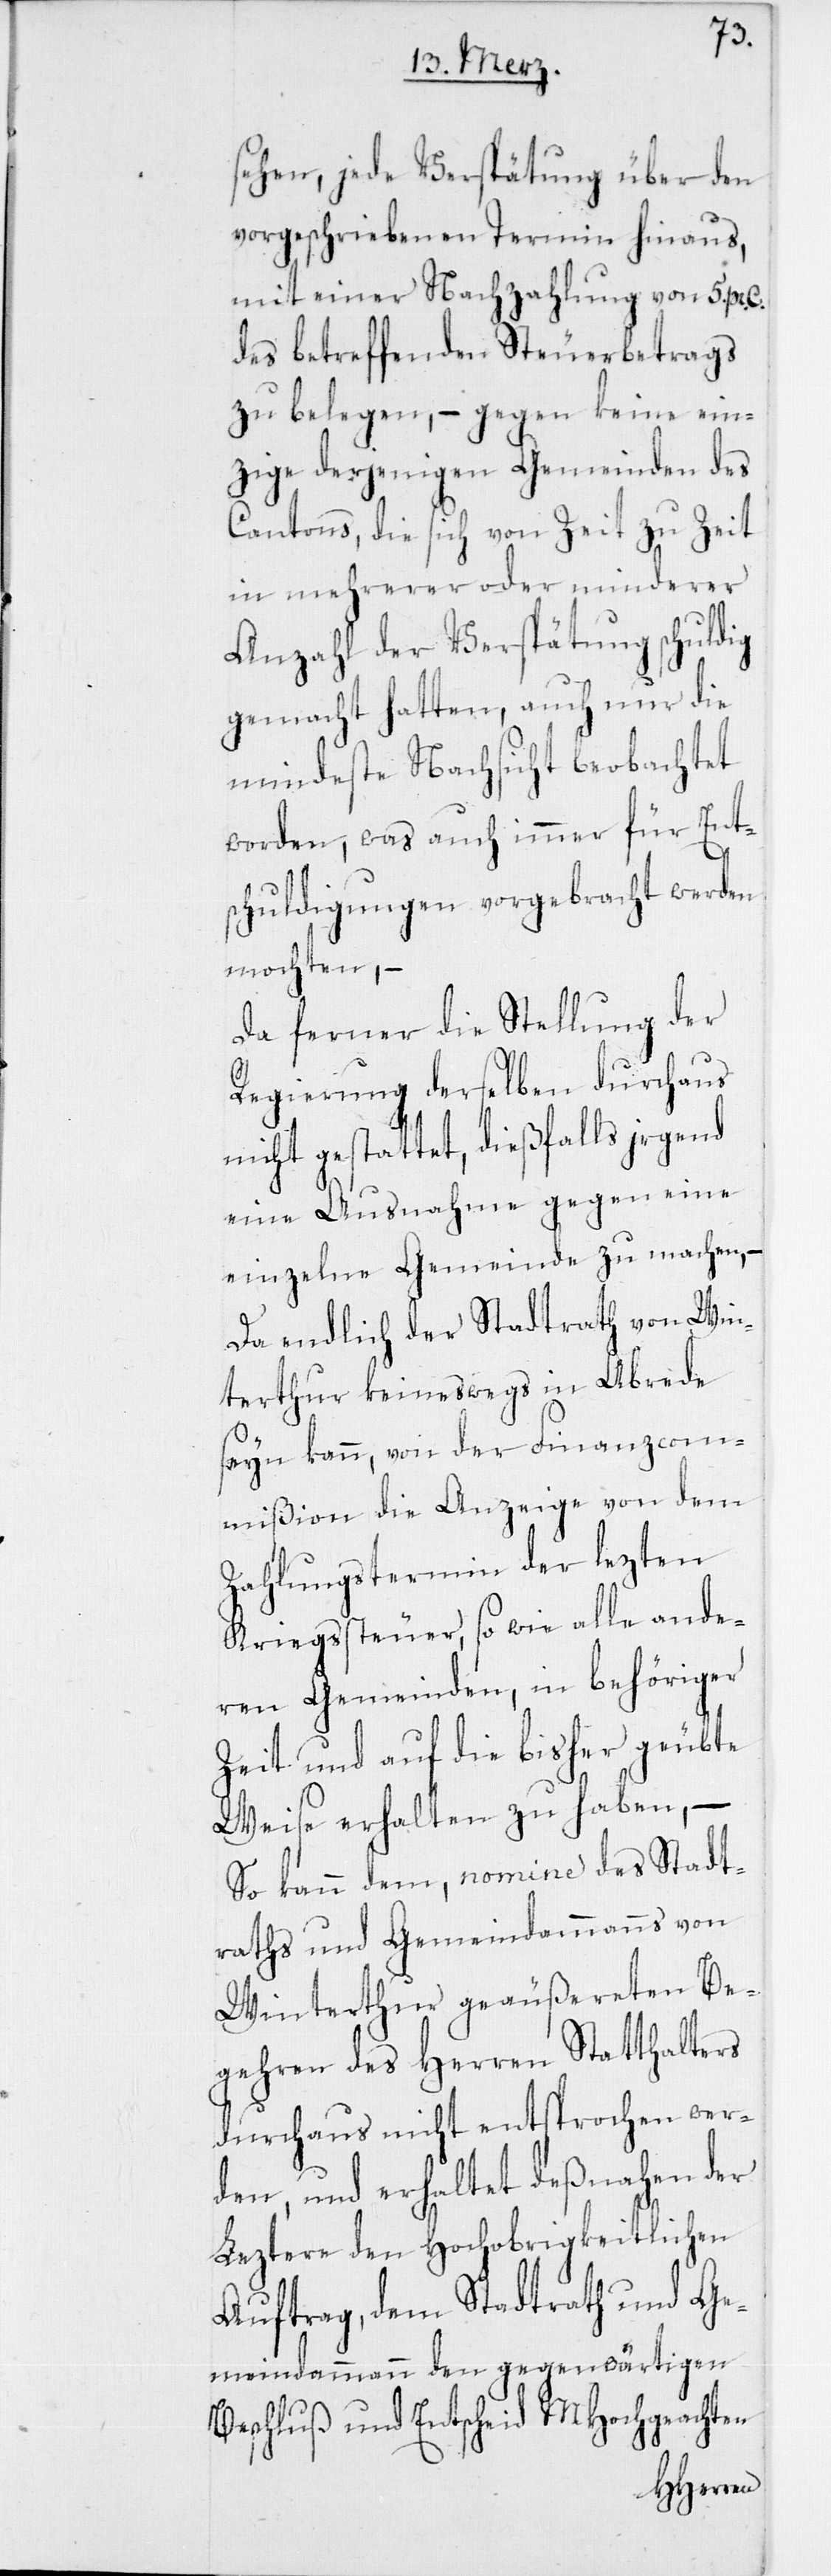
sehen, jede Verspätung über den
vorgeschriebenen Termin hinaus,
mit einer Nachzahlung von 5. pr.
des betreffenden Steuerbetrags
zu belegen, – gegen keine ein¬
zige derjenigen Gemeinden des
Cantons, die sich von Zeit zu Zeit
in mehrerer oder minderer
Anzahl der Verspätung schuldig
gemacht hatten, auch nur die
mindeste Nachsicht beobachtet
worden, was auch immer für Ent¬
schuldigungen vorgebracht werden
mochten, –
Da ferner die Stellung der
Regierung derselben durchaus
nicht gestattet, dießfalls irgend
eine Ausnahme gegen eine
einzelne Gemeinde zu machen, –
Da endlich der Stadtrath von Win¬
terthur keineswegs in Abrede
seyn kann, von der Finanzcom¬
mißion die Anzeige von dem
Zahlungstermin der lezten
Kriegssteuer, so wie alle ande¬
ren Gemeinden, in behöriger
Zeit und auf die bisher geübte
Weise erhalten zu haben, –
So kann dem, nomine des Stadt¬
raths und Gemeindammanns von
Winterthur geäußereten Be¬
gehren des Herren Statthalters
durchaus nicht entsprochen wer¬
den, und erhaltet deßnahen der
Leztere den Hochobrigkeitlichen
Auftrag, dem Stadtrath und Ge¬
meindammann den gegenwärtigen
Beschluß und Entscheid MHochgeachten